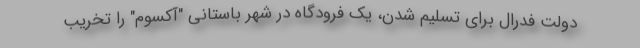
دولت فدرال برای تسلیم شدن، یک فرودگاه در شهر باستانی "آکسوم" را تخریب